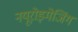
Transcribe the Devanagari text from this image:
नयूरोइमेजिंग